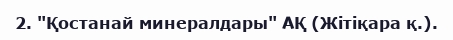
2. "Қостанай минералдары" АҚ (Жітіқара қ.).